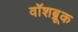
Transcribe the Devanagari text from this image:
वॉशब्रूक